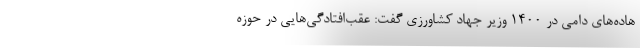
هاده‌های دامی در 1400 وزیر جهاد کشاورزی گفت: عقب‌افتادگی‌هایی در حوزه